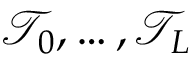
\mathcal T _ { 0 } , \ldots , \mathcal T _ { L }